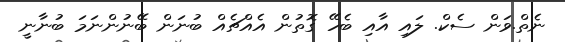
ނެތް.ވަން ސެކް. ލައި އާއި ބެހޭ ގޮތުން އެއްޗެއް ބުނަން ބޭނުންނަމަ ބުނާނީ